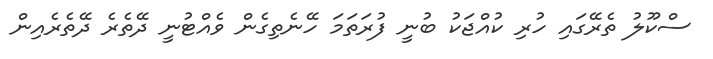
ސްކޫލު ތެރޭގައި ހުރި ކުއްޖަކު ބުނީ ފުރަތަމަ ހޭނެތިގެން ވެއްޓުނީ ދޭތެރެ ދޭތެރެއިން